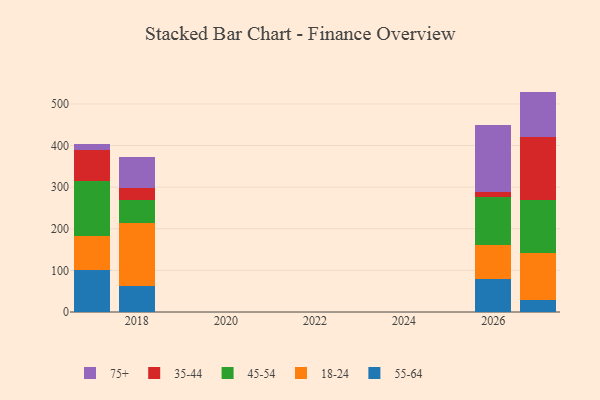
{"axis": {"x": "Year", "y": "Gross Profit (USD K)"}, "legend": ["18-24", "35-44", "45-54", "55-64", "75+"], "data": [{"x": "2017", "y": 100.1, "type": "55-64"}, {"x": "2017", "y": 81.9, "type": "18-24"}, {"x": "2017", "y": 132.9, "type": "45-54"}, {"x": "2017", "y": 73.5, "type": "35-44"}, {"x": "2017", "y": 16.0, "type": "75+"}, {"x": "2026", "y": 80.1, "type": "55-64"}, {"x": "2026", "y": 82.1, "type": "18-24"}, {"x": "2026", "y": 114.2, "type": "45-54"}, {"x": "2026", "y": 11.6, "type": "35-44"}, {"x": "2026", "y": 162.0, "type": "75+"}, {"x": "2018", "y": 63.0, "type": "55-64"}, {"x": "2018", "y": 150.5, "type": "18-24"}, {"x": "2018", "y": 54.6, "type": "45-54"}, {"x": "2018", "y": 30.3, "type": "35-44"}, {"x": "2018", "y": 74.9, "type": "75+"}, {"x": "2027", "y": 27.7, "type": "55-64"}, {"x": "2027", "y": 115.0, "type": "18-24"}, {"x": "2027", "y": 125.4, "type": "45-54"}, {"x": "2027", "y": 153.2, "type": "35-44"}, {"x": "2027", "y": 108.3, "type": "75+"}]}